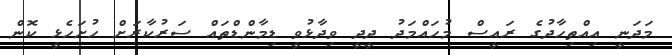
މަދަނީ އިއްތިހާދުގެ ރައީސް މުހައްމަދު ދީދީ ވިދާޅުވީ ޑިމާންޑްތައް ސަރުކާރަށް ހުށަހެޅީ ކޮން